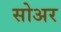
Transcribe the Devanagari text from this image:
सोअर